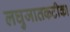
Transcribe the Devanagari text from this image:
लघुजातकटीका